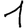
Digit: 1